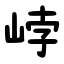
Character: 㟑